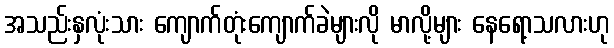
အသည်းနှလုံးသား ကျောက်တုံးကျောက်ခဲများလို မာလို့များ နေရော့သလားဟု